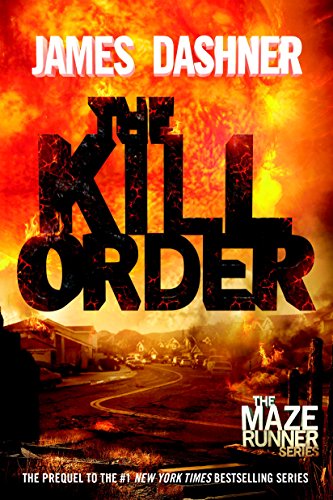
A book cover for The Kill Order (Maze Runner, Prequel) (The Maze Runner Series); James Dashner; Teen & Young Adult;